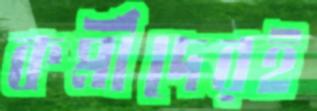
কর্মীদেরই